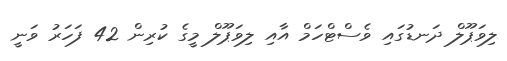
ލިވަޕޫލް ދަނޑުގައި ވެސްޓްހަމް އާއި ލިވަޕޫލް މީގެ ކުރިން 42 ފަހަރު ވަނީ